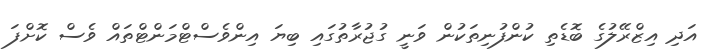
އަދި އިޒްރޭލުގެ ބޮޑެތި ކުންފުނިތަކުން ވަނީ ގުޖުރާތުގައި ބިޔަ އިންވެސްޓްމަންޓްތައް ވެސް ކޮށްފަ